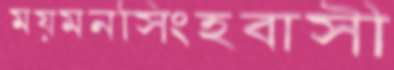
ময়মনসিংহবাসী